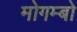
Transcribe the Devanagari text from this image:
मोगम्बो